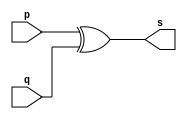
// --------------------- 
// Exemplo0005 - xor 
// Nome: Arturo Morales Anez Junior 
// --------------------- 
// --------------------- 
// -- xor gate 
// --------------------- 
module xorgate (output [0:3] s, 
input [0:3] p, 
input [0:3] q); 
assign s = p ^ q; 
endmodule // xor 
// --------------------- 
// -- test xorgate 
// --------------------- 
module testxorgate; 
// ------------------------- dados locais 
reg [0:3] a,b; // definir registrador 
wire [0:3] s; // definir conexao (fio) 
// ------------------------- instancia 
xorgate XOR1 (s, a, b); 
// ------------------------- preparacao 
initial begin:start 
a=4'b0011; // 4 valores binarios 
b=4'b0101; // 4 valores binarios 
end 
// ------------------------- parte principal 
initial begin:main 
$display("Exemplo0005 - xxx yyy zzz - 999999"); 
$display("Test xor gate"); 
$display("\n a ^ b = s\n"); 
$monitor("%b ^ %b = %b", a, b, s); 
#1 a=0; b=0; // valores decimais 
#1 a=4'b0010; b=4'b0001; // valores binarios 
#1 a=4'd1; b=3; // decimal e decimal 
#1 a=4'o5; b=2; // octal e decimal 
#1 a=4'hA; b=3; // hexadecimal e decimal 
#1 a=4'h9; b=4'o3; // hexadecimal e octal 
end 
endmodule // testxorgate